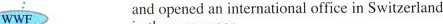
WWF and opened an international office in Switzerland